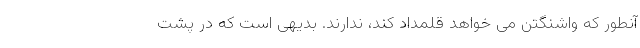
آنطور که واشنگتن می خواهد قلمداد کند، ندارند. بدیهی است که در پشت